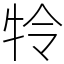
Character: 㸳